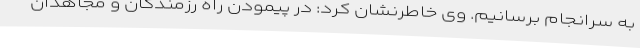
به سرانجام برسانیم. وی خاطرنشان کرد: در پیمودن راه رزمندگان و مجاهدان